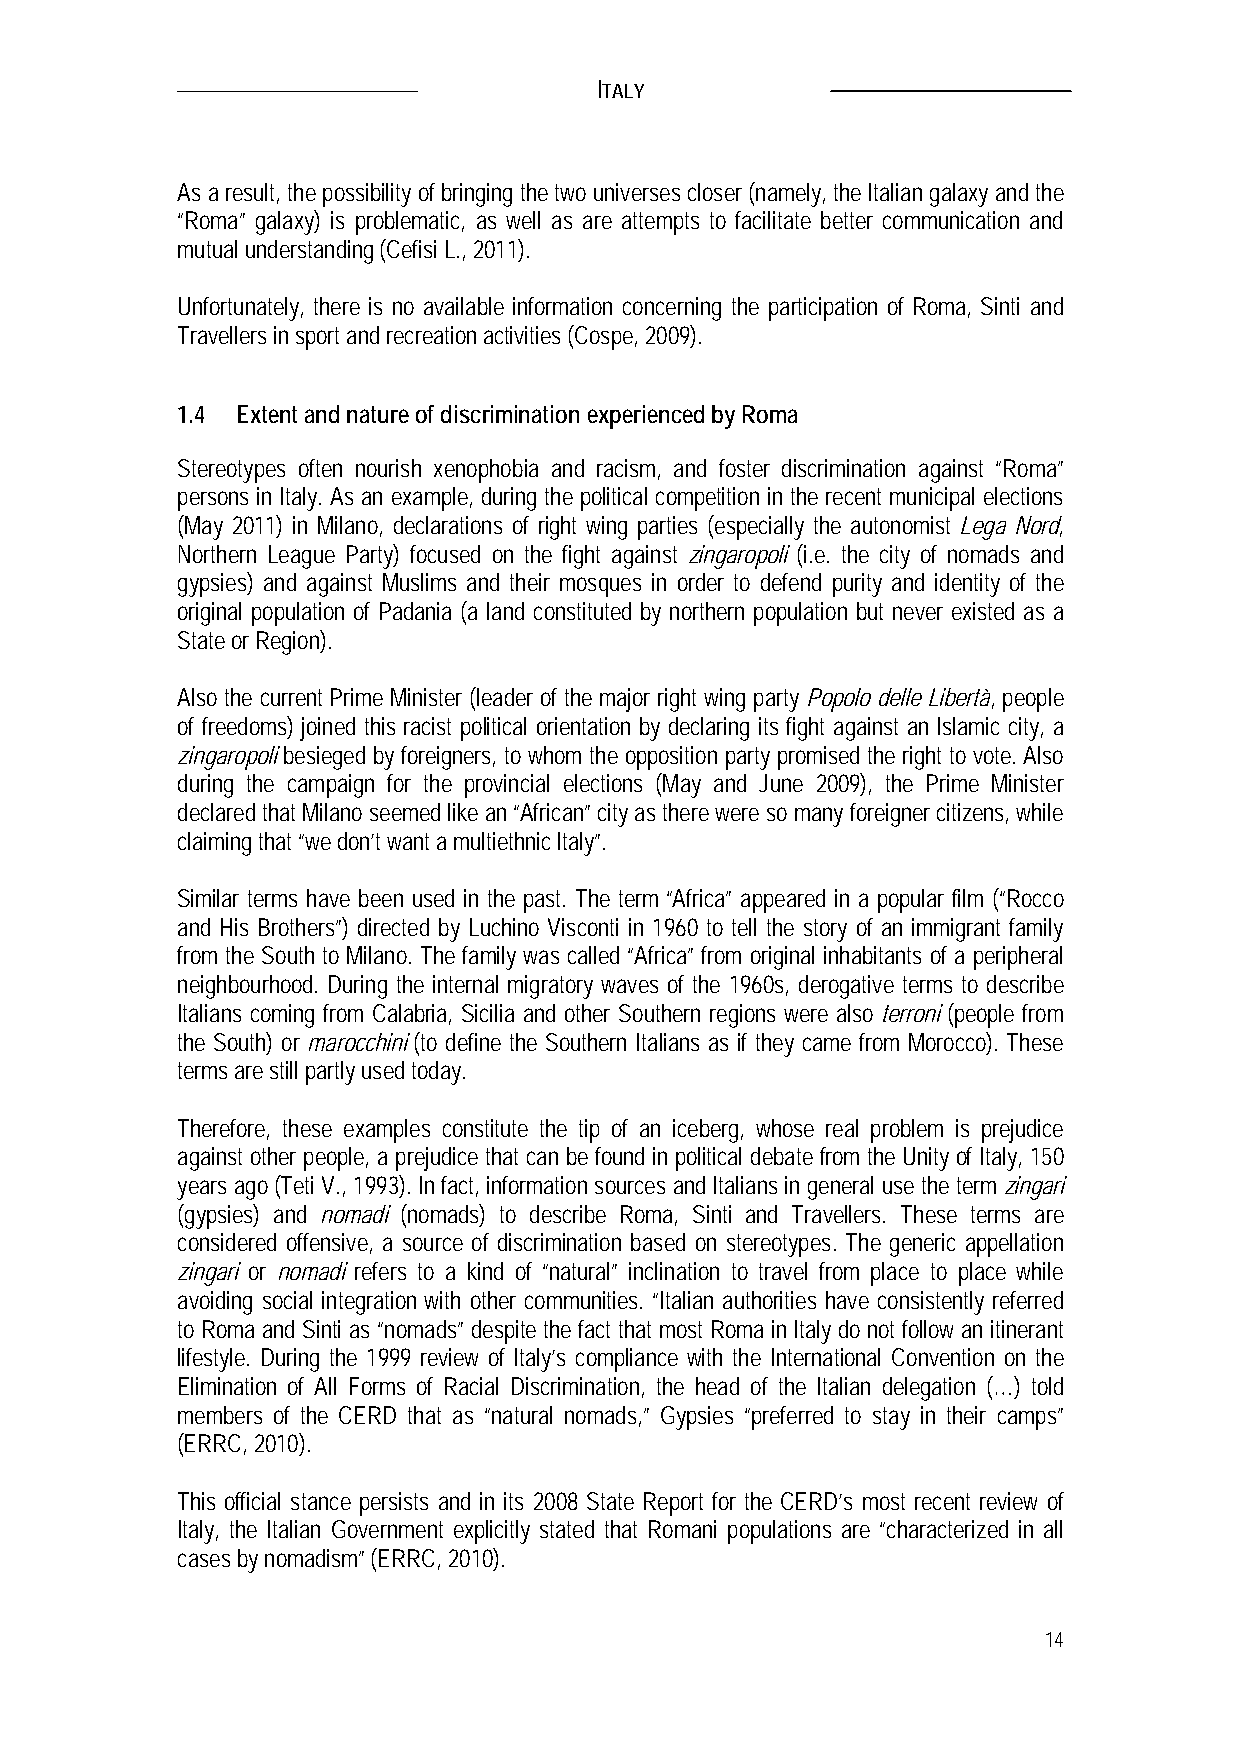
ITALY
 As a result, the possibility of bringing the two universes closer (namely, the Italian galaxy and the
 “Roma” galaxy) is problematic, as well as are attempts to facilitate better communication and
 mutual understanding (Cefisi L., 2011).
 Unfortunately, there is no available information concerning the participation of Roma, Sinti and
 Travellers in sport and recreation activities (Cospe, 2009).
 1.4 Extent and nature of discrimination experienced by Roma
 Stereotypes often nourish xenophobia and racism, and foster discrimination against “Roma”
 persons in Italy. As an example, during the political competition in the recent municipal elections
 (May 2011) in Milano, declarations of right wing parties (especially the autonomist Lega Nord,
 Northern League Party) focused on the fight against zingaropoli (i.e. the city of nomads and
 gypsies) and against Muslims and their mosques in order to defend purity and identity of the
 original population of Padania (a land constituted by northern population but never existed as a
 State or Region).
 Also the current Prime Minister (leader of the major right wing party Popolo delle Libertà, people
 of freedoms) joined this racist political orientation by declaring its fight against an Islamic city, a
 zingaropoli besieged by foreigners, to whom the opposition party promised the right to vote. Also
 during the campaign for the provincial elections (May and June 2009), the Prime Minister
 declared that Milano seemed like an “African” city as there were so many foreigner citizens, while
 claiming that “we don’t want a multiethnic Italy”.
 Similar terms have been used in the past. The term “Africa” appeared in a popular film (“Rocco
 and His Brothers”) directed by Luchino Visconti in 1960 to tell the story of an immigrant family
 from the South to Milano. The family was called “Africa” from original inhabitants of a peripheral
 neighbourhood. During the internal migratory waves of the 1960s, derogative terms to describe
 Italians coming from Calabria, Sicilia and other Southern regions were also terroni (people from
 the South) or marocchini (to define the Southern Italians as if they came from Morocco). These
 terms are still partly used today.
 Therefore, these examples constitute the tip of an iceberg, whose real problem is prejudice
 against other people, a prejudice that can be found in political debate from the Unity of Italy, 150
 years ago (Teti V., 1993). In fact, information sources and Italians in general use the term zingari
 (gypsies) and nomadi (nomads) to describe Roma, Sinti and Travellers. These terms are
 considered offensive, a source of discrimination based on stereotypes. The generic appellation
 zingari or nomadi refers to a kind of “natural” inclination to travel from place to place while
 avoiding social integration with other communities. “Italian authorities have consistently referred
 to Roma and Sinti as “nomads” despite the fact that most Roma in Italy do not follow an itinerant
 lifestyle. During the 1999 review of Italy’s compliance with the International Convention on the
 Elimination of All Forms of Racial Discrimination, the head of the Italian delegation (…) told
 members of the CERD that as “natural nomads,” Gypsies “preferred to stay in their camps”
 (ERRC, 2010).
 This official stance persists and in its 2008 State Report for the CERD’s most recent review of
 Italy, the Italian Government explicitly stated that Romani populations are “characterized in all
 cases by nomadism” (ERRC, 2010).
 14